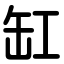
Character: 缸